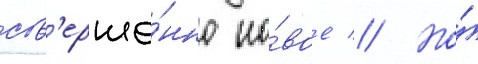
сов'ерше́нно но́вое // Но́